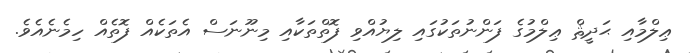
ޢިލްމާއި ޙަދީޘް ޢިލްމުގެ ފަންނުތަކުގައި ލިޔުއްވި ފޮތްތަކާއި މިނޫނަސް އެތަކެއް ފޮތެއް ހިމެނެއެވެ.